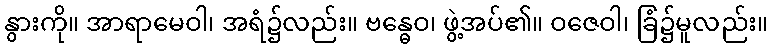
နွားကို။ အာရာမေဝါ၊ အရံ၌လည်း။ ဗန္ဓေဝ၊ ဖွဲ့အပ်၏။ ဝဇေဝါ၊ ခြံ၌မူလည်း။